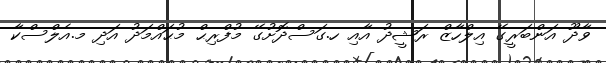
ވާދޫ އަންބަރީގޭ އިލްހާޒް ރަޝީދު އާއި ހ.ގަސްދޮށުގޭ މުފްރިޙް މުޙައްމަދު އަދި މ.އެލްސްކާ